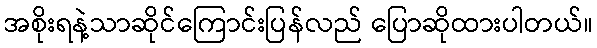
အစိုးရနဲ့သာဆိုင်ကြောင်းပြန်လည် ပြောဆိုထားပါတယ်။